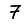
Digit: 7